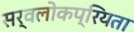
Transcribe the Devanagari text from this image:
सर्वलोकप्रियता